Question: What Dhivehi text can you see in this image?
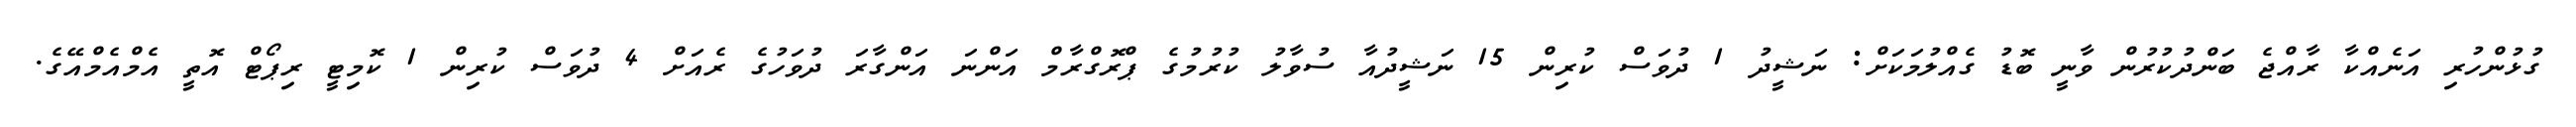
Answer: ގުޅުންހުރި އަނެއްކާ ރާއްޖެ ބަންދުކުރުން ވާނީ ބޮޑު ގެއްލުމަކަށް: ނަޝީދު 1 ދުވަސް ކުރިން 15 ނަޝީދުއާ ސުވާލު ކުރުމުގެ ޕްރޮގްރާމް އަންނަ އަންގާރަ ދުވަހުގެ ރެއަށް 4 ދުވަސް ކުރިން 1 ކޮމިޓީ ރިޕޯޓް އޮތީ އެމްއެމްއޭގެ.